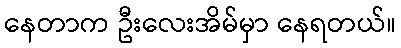
နေတာက ဦးလေးအိမ်မှာ နေရတယ်။